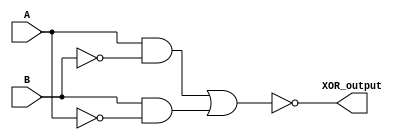
module xor_gate(
    input A,
    input B,
    output XOR_output
);

wire not_A;
wire not_B;
wire and_gate_output;

assign not_A = ~A;
assign not_B = ~B;

assign and_gate_output = A & not_B | B & not_A;

assign XOR_output = ~(and_gate_output);

endmodule